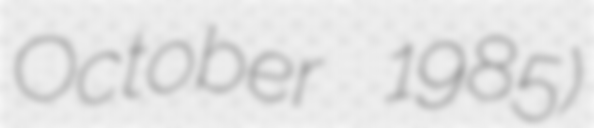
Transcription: October 1985)